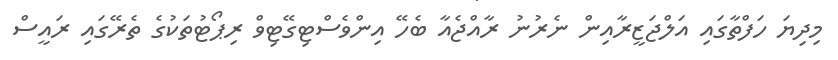
މިދިޔަ ހަފްތާގައި އަލްޖަޒީރާއިން ނެރުނު ރާއްޖެއާ ބެހޭ އިންވެސްޓިގޭޓިވް ރިޕޯޓުތަކުގެ ތެރޭގައި ރައީސް